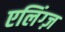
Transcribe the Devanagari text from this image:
एलिंग्ज़